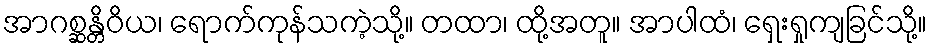
အာဂစ္ဆန္တိဝိယ၊ ရောက်ကုန်သကဲ့သို့။ တထာ၊ ထို့အတူ။ အာပါထံ၊ ရှေးရှုကျခြင်သို့။